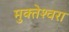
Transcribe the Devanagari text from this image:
मुक्‍तेश्‍वरा